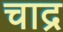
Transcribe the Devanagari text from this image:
चाद्र